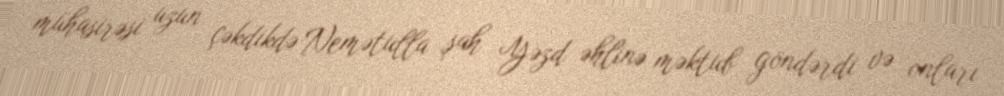
mühasirəsi uzun çəkdikdə Nemətulla şah Yəzd əhlinə məktub göndərdi və onları